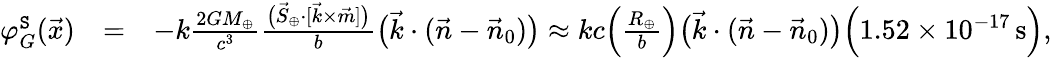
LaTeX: \begin{array}{rlr}{\varphi_{G}^{\tt S}(\vec{x})}&{=}&{-k\frac{2GM_{\oplus}}{c^{3}}\frac{\big({\vec{S}}_{\oplus}\cdot[{\vec{k}}\times\vec{m}]\big)}{b}\big(\vec{k}\cdot(\vec{n}-\vec{n}_{0})\big)\approx kc\Big(\frac{R_{\oplus}}{b}\Big)\big(\vec{k}\cdot(\vec{n}-\vec{n}_{0})\big)\Big(1.52\times 10^{-17}\, \mathrm{s}\Big),}\end{array}